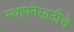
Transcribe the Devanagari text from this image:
स्थापनेसाठीचे